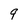
Character: 9